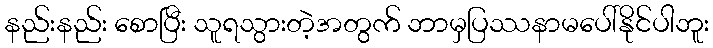
နည်းနည်း စောပြီး သူရသွားတဲ့အတွက် ဘာမှပြဿနာမပေါ်နိုင်ပါဘူး